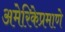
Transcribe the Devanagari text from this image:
अमेरिकेप्रमाणे